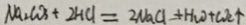
N a _ { 2 } C O _ { 3 } + 2 H C l = 2 N a C l + H _ { 2 } O + C O C \uparrow